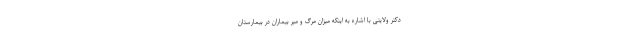
دکتر ولایتی با اشاره به اینکه میزان مرگ و میر بیماران در بیمارستان